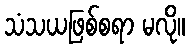
သံသယဖြစ်စရာ မလို။